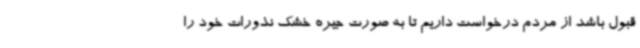
قبول باشد از مردم درخواست داریم تا به صورت جیره خشک نذورات خود را